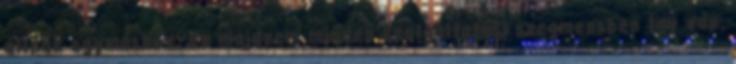
állnak egymáshoz. Ez majdnem minden szolgáltatási szegmensben így van.